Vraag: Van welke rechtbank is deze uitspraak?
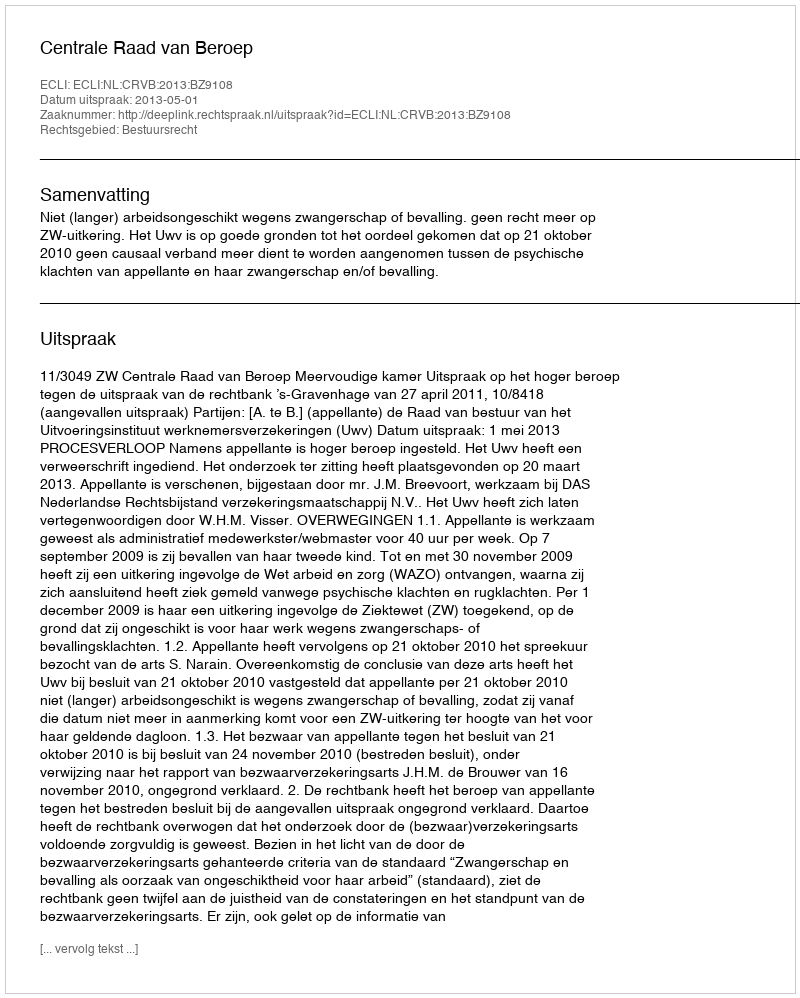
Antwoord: Centrale Raad van Beroep